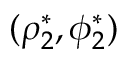
( \rho _ { 2 } ^ { * } , \phi _ { 2 } ^ { * } )